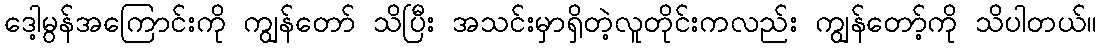
ဒေါ့မွန်အကြောင်းကို ကျွန်တော် သိပြီး အသင်းမှာရှိတဲ့လူတိုင်းကလည်း ကျွန်တော့်ကို သိပါတယ်။